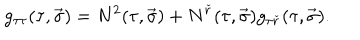
g _ { \tau \tau } ( \tau , \vec { \sigma } ) = N ^ { 2 } ( \tau , \vec { \sigma } ) + N ^ { \check { r } } ( \tau , \vec { \sigma } ) g _ { \tau \check { r } } ( \tau , \vec { \sigma } ) .